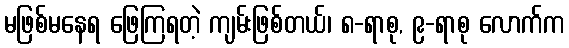
မဖြစ်မနေရ ဖြေကြရတဲ့ ကျမ်းဖြစ်တယ်၊ ၈-ရာစု, ၉-ရာစု လောက်က